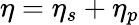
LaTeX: \eta=\eta_{s}+\eta_{p}